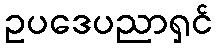
ဥပဒေပညာရှင်